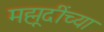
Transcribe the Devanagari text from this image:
मह्मूदींच्या